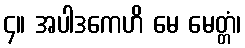
၄။ အပါဒကေဟိ မေ မေတ္တံ၊